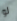
لو